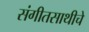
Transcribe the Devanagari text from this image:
संगीतसाथीचे